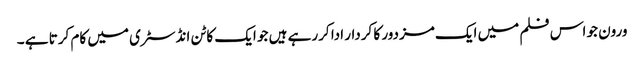
ورون جو اس فلم میں ایک مزدور کا کردار ادا کررہے ہیں جو ایک کاٹن انڈسٹری میں کام کرتا ہے ۔